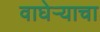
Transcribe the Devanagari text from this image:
वाघेऱ्याचा